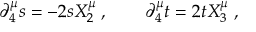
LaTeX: \partial _ { 4 } ^ { \mu } s = - 2 s X _ { 2 } ^ { \mu } \; , \qquad \partial _ { 4 } ^ { \mu } t = 2 t X _ { 3 } ^ { \mu } \; ,